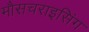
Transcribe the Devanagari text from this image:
मौसचराइसिंग